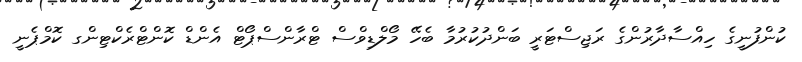
ކުންފުނީގެ ހިއްސާދާރުންގެ ރަޖިސްޓަަރީ ބަންދުކުރުމާ ބެހޭ މޯލްޑިވްސް ޓްރާންސްޕޯޓް އެންޑް ކޮންޓްރެކްޓިންގ ކޮމްޕެނީ